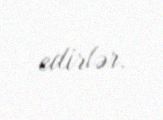
edirlər.